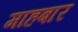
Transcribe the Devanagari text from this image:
माहबार